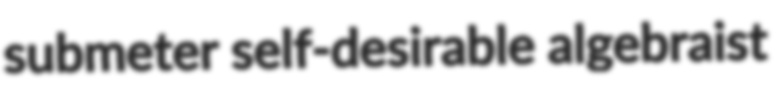
submeter self-desirable algebraist